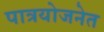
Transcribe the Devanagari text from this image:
पात्रयोजनेत